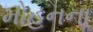
મોહનના